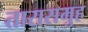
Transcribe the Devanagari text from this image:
तारासमुह